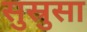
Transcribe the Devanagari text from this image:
सुस्रुसा